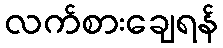
လက်စားချေရန်